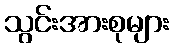
သွင်းအားစုများ